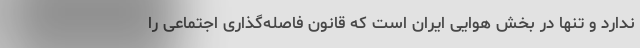
ندارد و تنها در بخش هوایی ایران است که قانون فاصله‌گذاری اجتماعی را